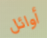
أوائل